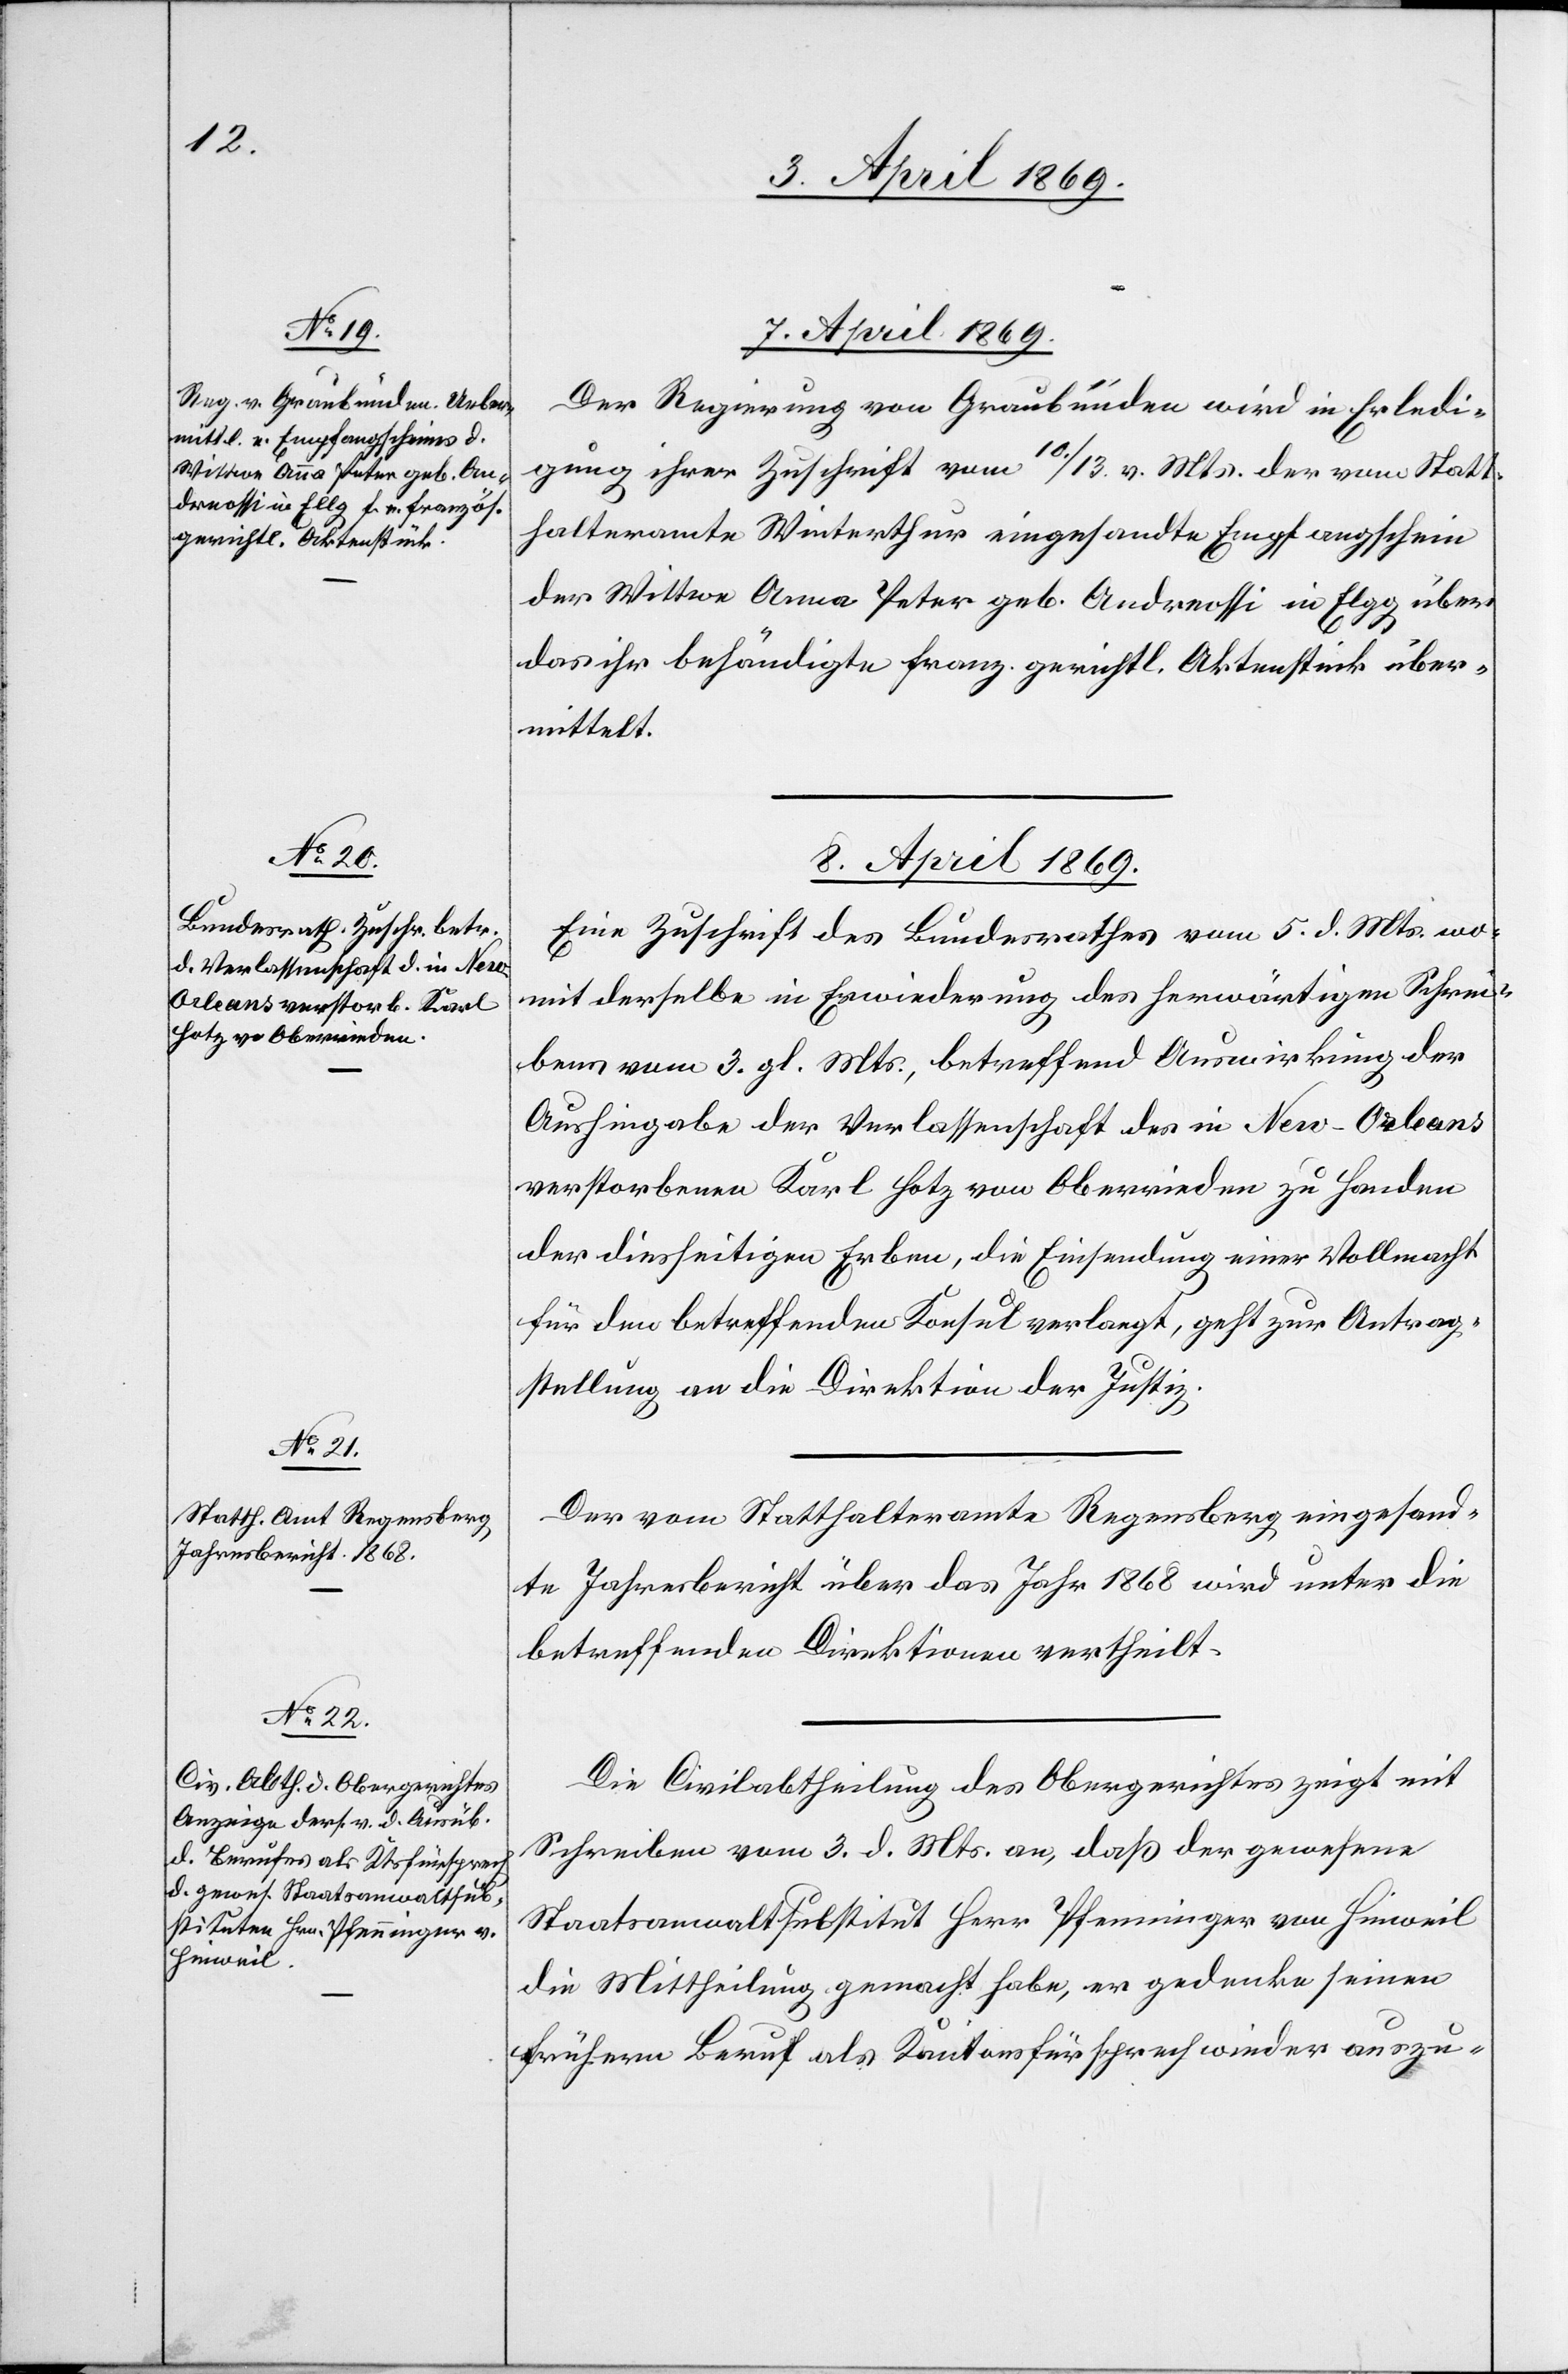
7. April 1869
Der Regierung von Graubünden wird in Erledi¬
gung ihrer Zuschrift vom 10./13. v. Mts. der vom Statt¬
halteramte Winterthur eingesandte Empfangsschein
der Wittwe Anna Peter geb. Andreossi in Elgg über
das ihr behändigte franz. gerichtl. Aktenstück über¬
mittelt.
8. April 1869]
Eine Zuschrift des Bundesrathes vom 5. d. Mts. wo¬
mit derselbe in Erwiederung des herwärtigen Schrei¬
bens vom 3. gl. Mts. betreffend Auswirkung der
Aushingabe der Verlassenschaft des in New-Orleans
verstorbenen Karl Hotz von Oberrieden zu Handen
der diesseitigen Erben, die Einsendung einer Vollmacht
für den betreffenden Konsul verlangt, geht zur Antrag¬
stellung an die Direktion der Justiz.
Der vom Statthalteramte Regensberg eingesand¬
te Jahresbericht über das Jahr 1868 wird unter die
betreffenden Direktionen vertheilt.
Die Civilabtheilung des Obergerichtes zeigt mit
Schreiben vom 3. d. Mts. an, daß der gewesene
Staatsanwaltsubstitut Herr Pfenninger von Hinweil
die Mittheilung gemacht habe, er gedenke seinen
frühern Beruf als Kantonsfürsprech wieder auszu-